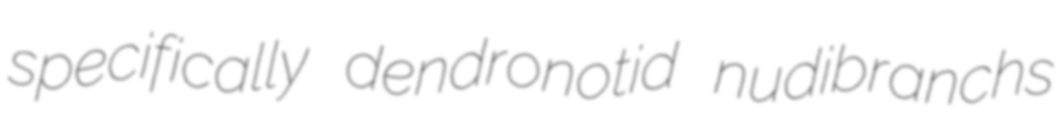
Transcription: specifically dendronotid nudibranchs